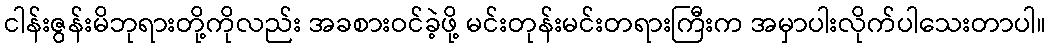
ငါန်းဇွန်းမိဘုရားတို့ကိုလည်း အခစားဝင်ခဲ့ဖို့ မင်းတုန်းမင်းတရားကြီးက အမှာပါးလိုက်ပါသေးတာပါ။